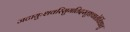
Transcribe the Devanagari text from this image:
जटायुःशवरिसुगतिदस्तुष्टवातेर्विधातु